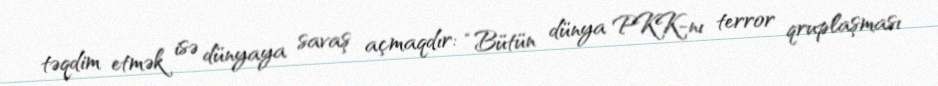
təqdim etmək isə dünyaya savaş açmaqdır: “Bütün dünya PKK-nı terror qruplaşması